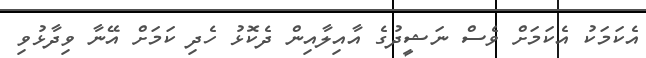
އެކަމަކު އެކަމަށް ވެސް ނަޝީދުގެ އާއިލާއިން ދެކޮޅު ހެދި ކަމަށް އޭނާ ވިދާޅުވި